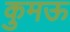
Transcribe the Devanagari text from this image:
कुमऊ